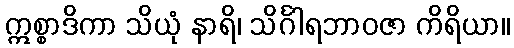
ဣစ္စာဒိကာ သိယုံ နာရိ၊ သိင်္ဂါရဘာဝဇာ ကိရိယာ။